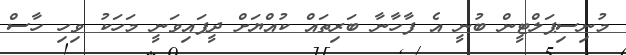
މުނިސިޕަލްޓީން ބުނީ އެ ފާހާނާ ބަރިތައް ކުއްޔަށް ދީފައިވަނީ މަހަކު ވިހި ހާސް